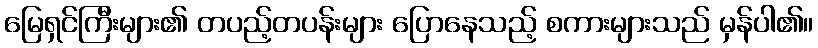
မြေရှင်ကြီးများ၏ တပည့်တပန်းများ ပြောနေသည့် စကားများသည် မှန်ပါ၏။